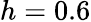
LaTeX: h=0.6